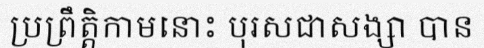
ប្រព្រឹត្តិកាមនោះ បុរសជាសង្សា បាន